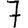
Digit: 7